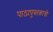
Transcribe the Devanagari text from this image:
पाठ्यपुस्तकाची